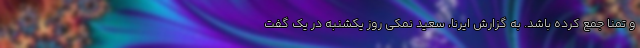
و تمنا جمع کرده باشد. به گزارش ایرنا، سعید نمکی روز یکشنبه در یک گفت‌